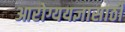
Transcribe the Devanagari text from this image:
आरोग्ययज्ञासाठी